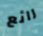
رائع